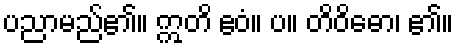
ပညာမည်၏။ ဣတိ ဧဝံ။ ပ။ တိဝိဓော၊ ၏။